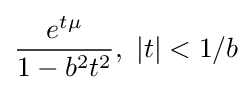
{\frac {e^{t\mu }}{1-b^{2}t^{2}}},~|t|<1/b